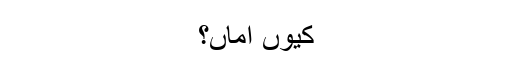
کیوں اماں؟